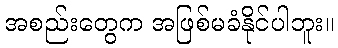
အစည်းတွေက အဖြစ်မခံနိုင်ပါဘူး။